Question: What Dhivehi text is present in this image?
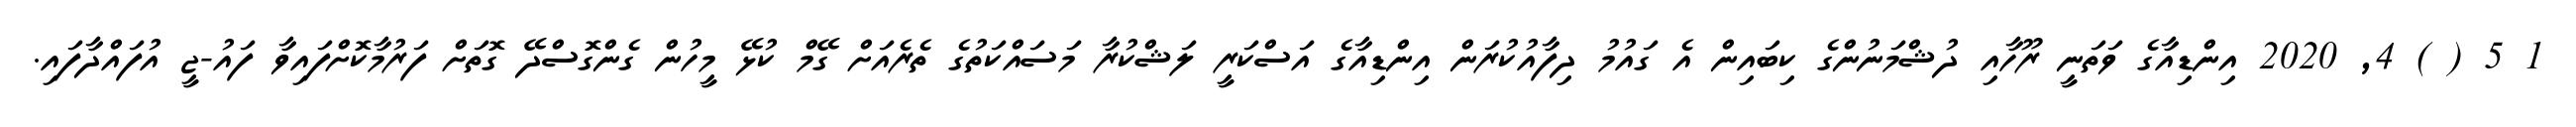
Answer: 1 5 ( ) 4, 2020 އިންޑިއާގެ ވަތަނީ ރޫހާއި ދުޝްމަނުންގެ ކިބައިން އެ ގައުމު ދިފާއުކުރަން އިންޑިއާގެ އަސްކަރީ ލަޝްކުރާ މަސައްކަތުގެ ތެރެއަށް ގޭމް ކުޅޭ މީހުން ގެންގޮސްދޭ ގޮތަށް ފަރުމާކޮށްފައިވާ ފައު-ޖީ އުފައްދާފައި.